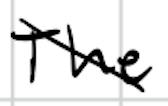
Text: The
Cross-out: mix
Writing tool: digital_black